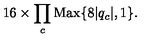
1 6 \times \prod _ { c } \mathrm { M a x } \{ 8 | q _ { c } | , 1 \} .